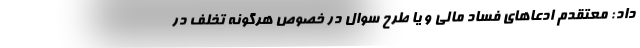
داد: معتقدم ادعاهای فساد مالی و یا طرح سوال در خصوص هرگونه تخلف در